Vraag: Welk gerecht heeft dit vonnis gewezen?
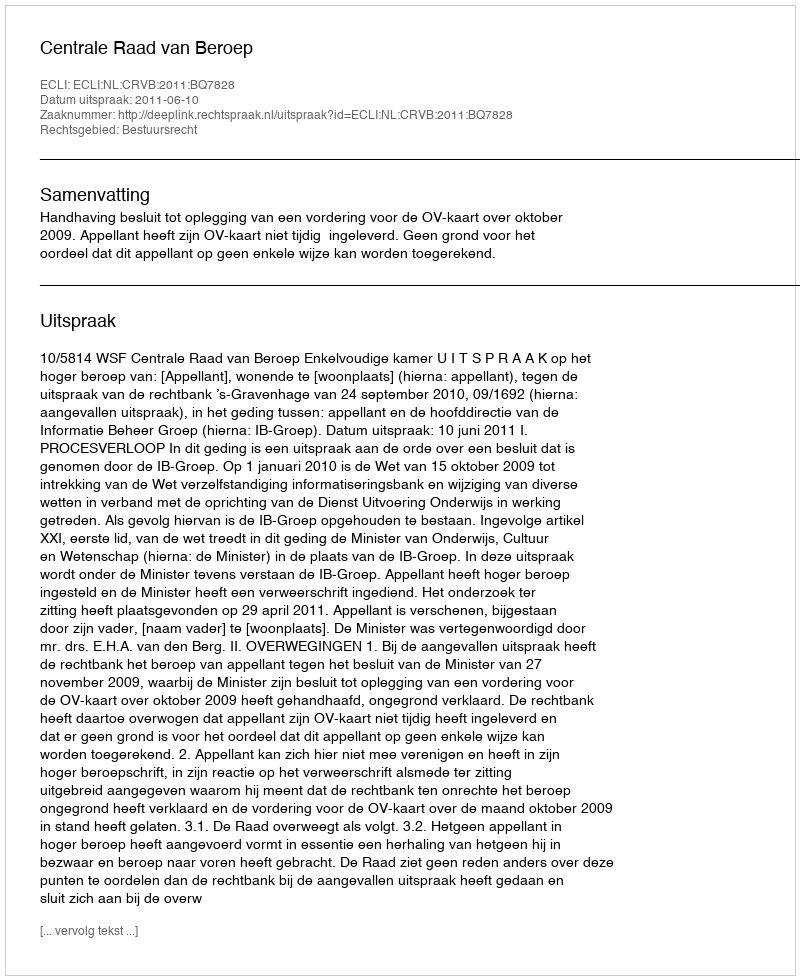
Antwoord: Centrale Raad van Beroep